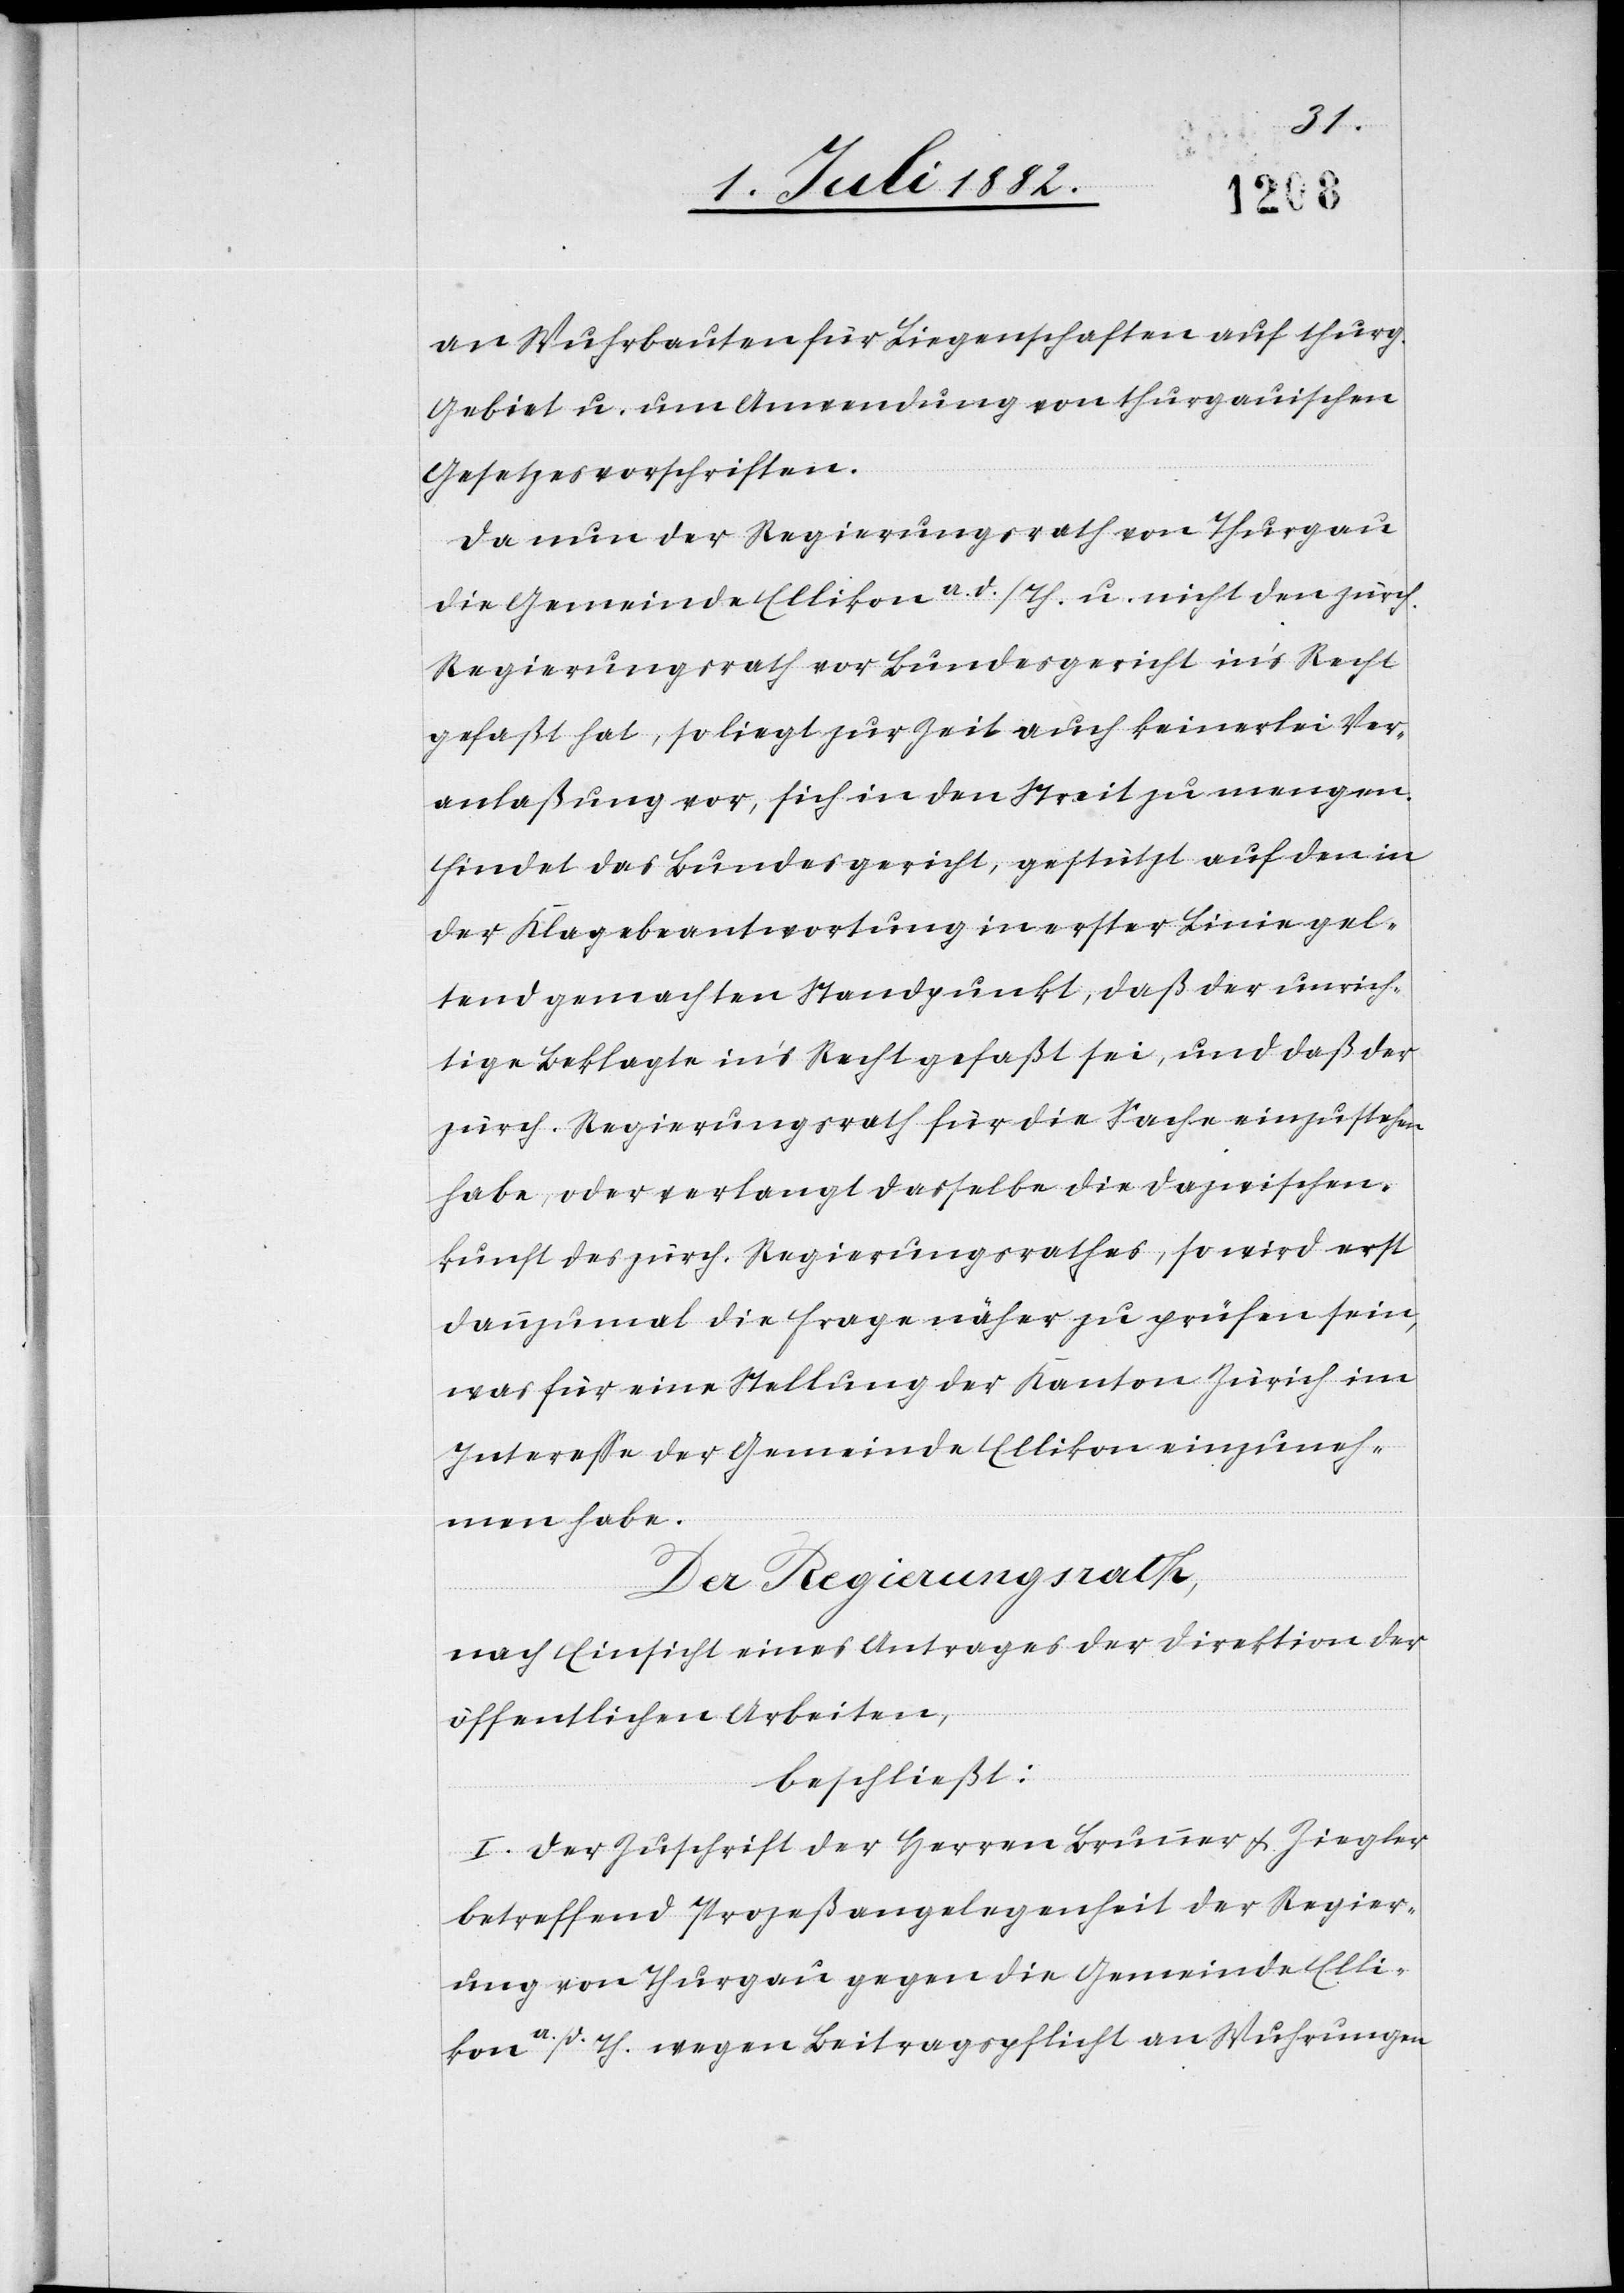
an Wuhrbauten für Liegenschaften auf thurg.
Gebiet u. um Anwendung von thurgauischen
Gesetzesvorschriften.
Da nun der Regierungsrath von Thurgau
die Gemeinde Ellikon a. d./Th. u. nicht den zürch.
Regierungsrath vor Bundesgericht in’s Recht
gefaßt hat, so liegt zur Zeit auch keinerlei Ver¬
anlaßung vor, sich in den Streit zu mengen.
Findet das Bundesgericht, gestützt auf den in
der Klagebeantwortung in erster Linie gel¬
tend gemachten Standpunkt, daß der unrich¬
tige Beklagte in’s Recht gefaßt sei, und daß der
zürch. Regierungsrath für die Sache einzustehen
habe, oder verlangt dasselbe die Dazwischen¬
kunft des zürch. Regierungsrathes, so wird erst
dannzumal die Frage näher zu prüfen sein,
was für eine Stellung der Kanton Zürich im
Interesse der Gemeinde Ellikon einzuneh¬
men habe.
Der Regierungsrath,
nach Einsicht eines Antrages der Direktion der
öffentlichen Arbeiten,
beschließt:
I. Der Zuschrift der Herren Brunner & Ziegler
betreffend Prozeßangelegenheit der Regier¬
ung von Thurgau gegen die Gemeinde Elli¬
kon a. d./Th. wegen Beitragspflicht an Wuhrungen